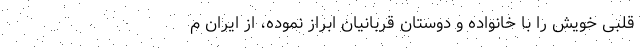
قلبی خویش را با خانواده و دوستان قربانیان ابراز نموده، از ایران م